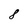
Character: 8